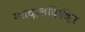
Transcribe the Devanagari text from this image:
ग्वादालक्विव्हिर